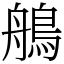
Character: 鵃